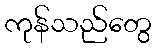
ကုန်သည်တွေ